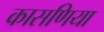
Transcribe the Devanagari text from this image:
कासणिया